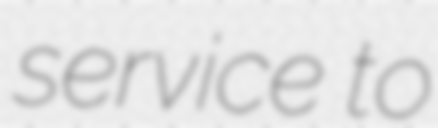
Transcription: service to